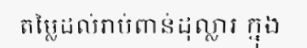
តម្លៃដល់រាប់ពាន់ដុល្លារ ក្នុង